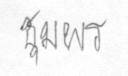
ชุมพร